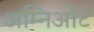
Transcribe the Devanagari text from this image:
अम्निओट